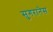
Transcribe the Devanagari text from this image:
सुगरानेस